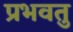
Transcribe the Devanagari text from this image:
प्रभवतु